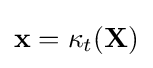
\mathbf {x} =\kappa _{t}(\mathbf {X} )